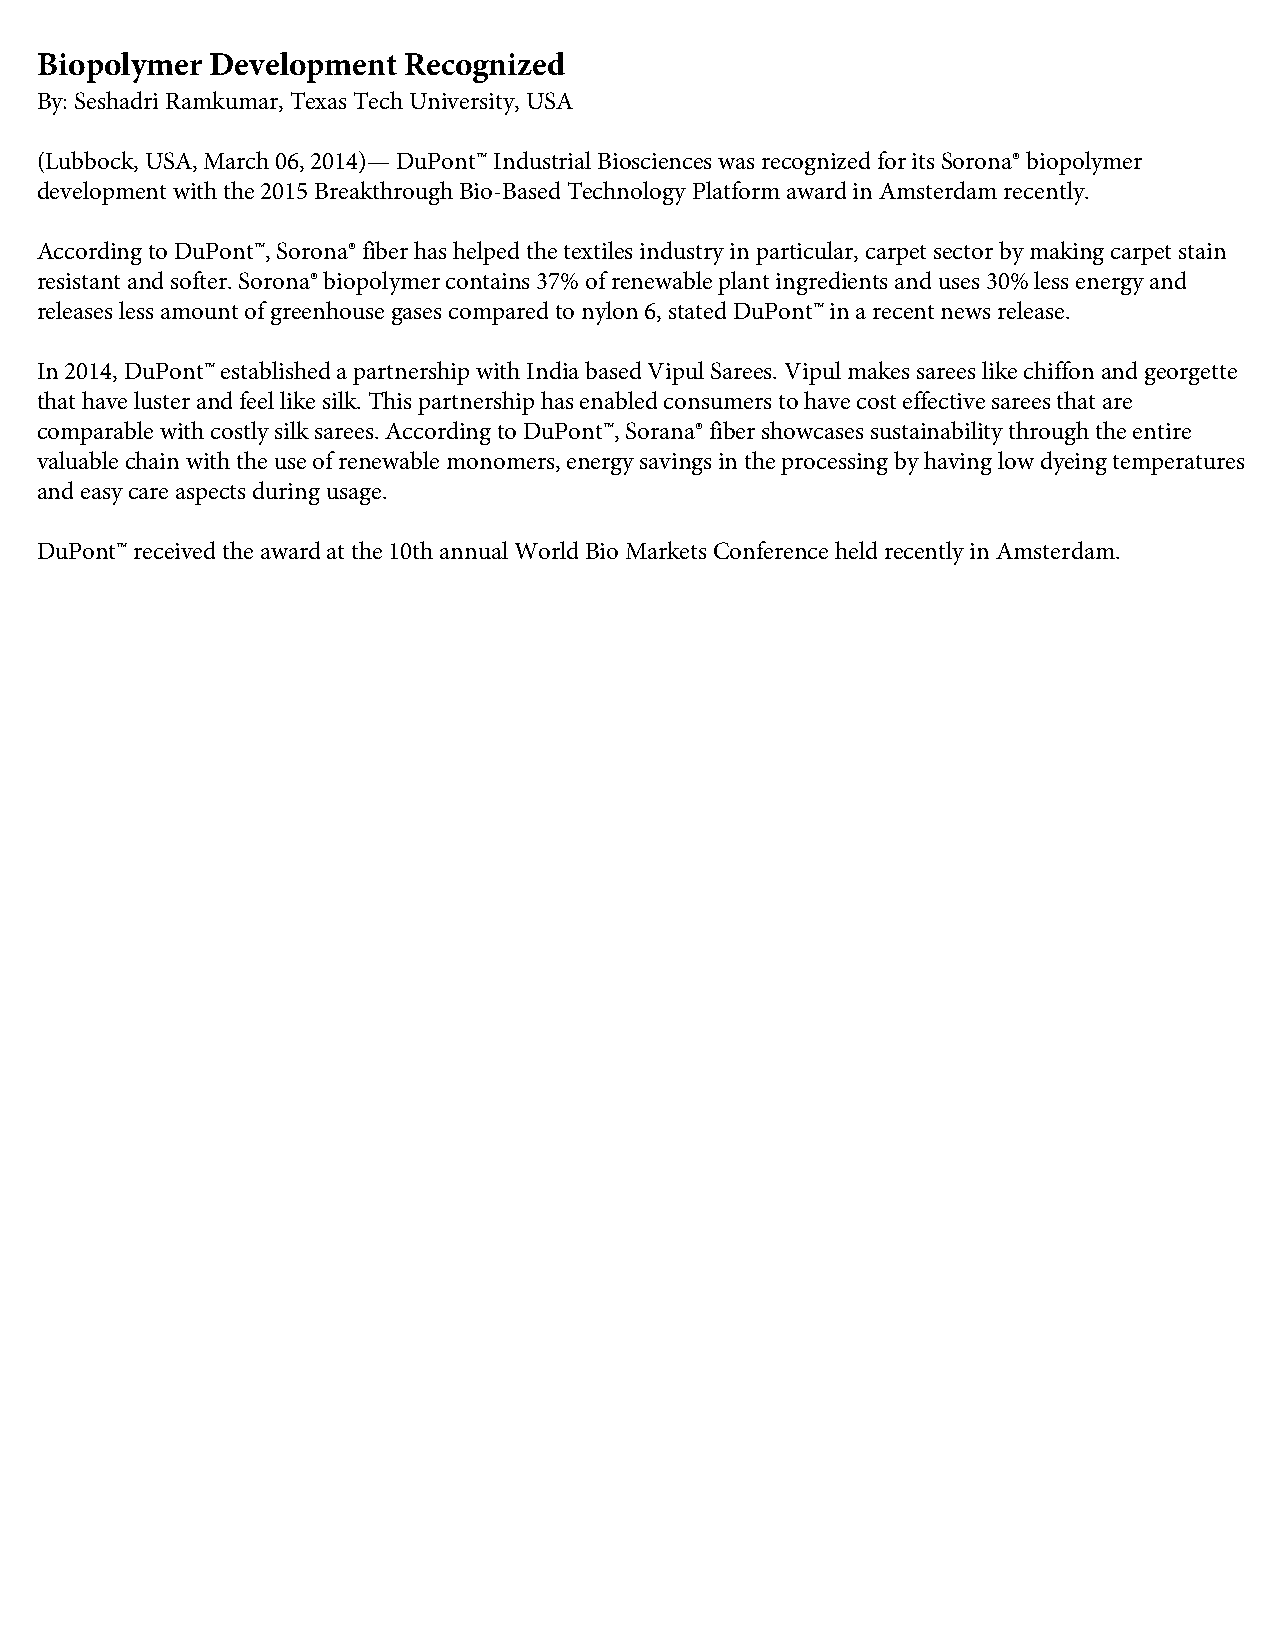
Biopolymer  Development  Recognized
 By: Seshadri Ramkumar, Texas Tech University, USA
 (Lubbock, USA, March 06, 2014)— DuPont™ Industrial Biosciences was recognized for its Sorona® biopolymer
 development with the 2015 Breakthrough Bio-Based Technology Platform award in Amsterdam recently.
 According to DuPont™, Sorona® fiber has helped the textiles industry in particular, carpet sector by making carpet stain
 resistant and softer. Sorona® biopolymer contains 37% of renewable plant ingredients and uses 30% less energy and
 releases less amount of greenhouse gases compared to nylon 6, stated DuPont™ in a recent news release.
 In 2014, DuPont™ established a partnership with India based Vipul Sarees. Vipul makes sarees like chiffon and georgette
 that have luster and feel like silk. This partnership has enabled consumers to have cost effective sarees that are
 comparable with costly silk sarees. According to DuPont™, Sorana® fiber showcases sustainability through the entire
 valuable chain with the use of renewable monomers, energy savings in the processing by having low dyeing temperatures
 and easy care aspects during usage.
 DuPont™ received the award at the 10th annual World Bio Markets Conference held recently in Amsterdam.